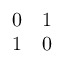
\begin{array} { c c } { { 0 } } & { { 1 } } \\ { { 1 } } & { { 0 } } \end{array}